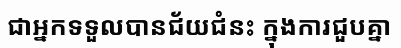
ជាអ្នកទទួលបានជ័យជំនះ ក្នុងការជួបគ្នា